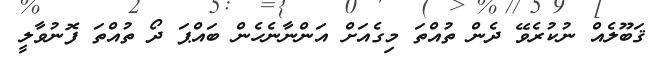
ޤަބޫލެއް ނުކުރެވޭ ދެން ތުއްތަ މިގެއަށް އަންނާނެހެން ބައްޕަ ދޯ ތުއްތަ ފޮނުވާލީ